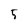
Character: 5